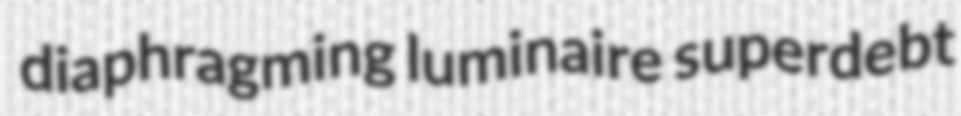
diaphragming luminaire superdebt